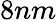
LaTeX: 8nm